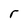
Character: r